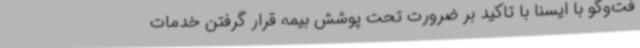
فت‌وگو با ایسنا با تاکید بر ضرورت تحت پوشش بیمه قرار گرفتن خدمات